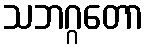
သဘဂ္ဂတော